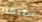
ستنهار